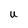
Character: U